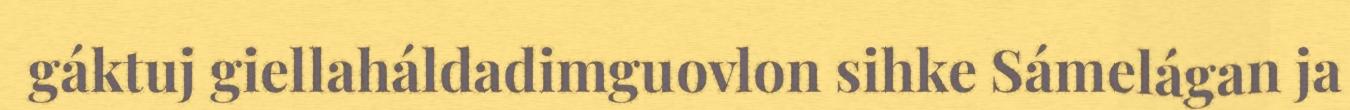
gáktuj giellaháldadimguovlon sihke Sámelágan ja